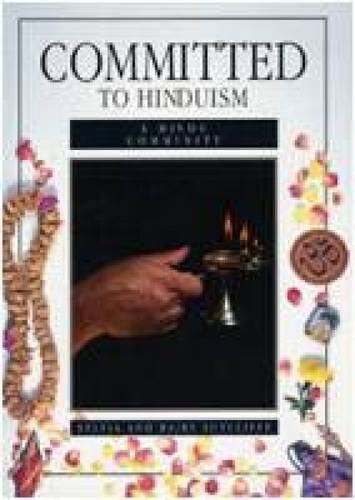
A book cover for Committed to Hinduism: Hindu Community (Faith & Commitment); Sarah Thorley; Children's Books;